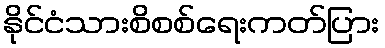
နိုင်ငံသားစိစစ်ရေးကတ်ပြား